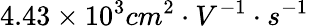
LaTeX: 4.43\times 10^{3}cm^{2}\cdot V^{-1}\cdot s^{-1}